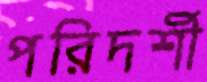
পরিদর্শী